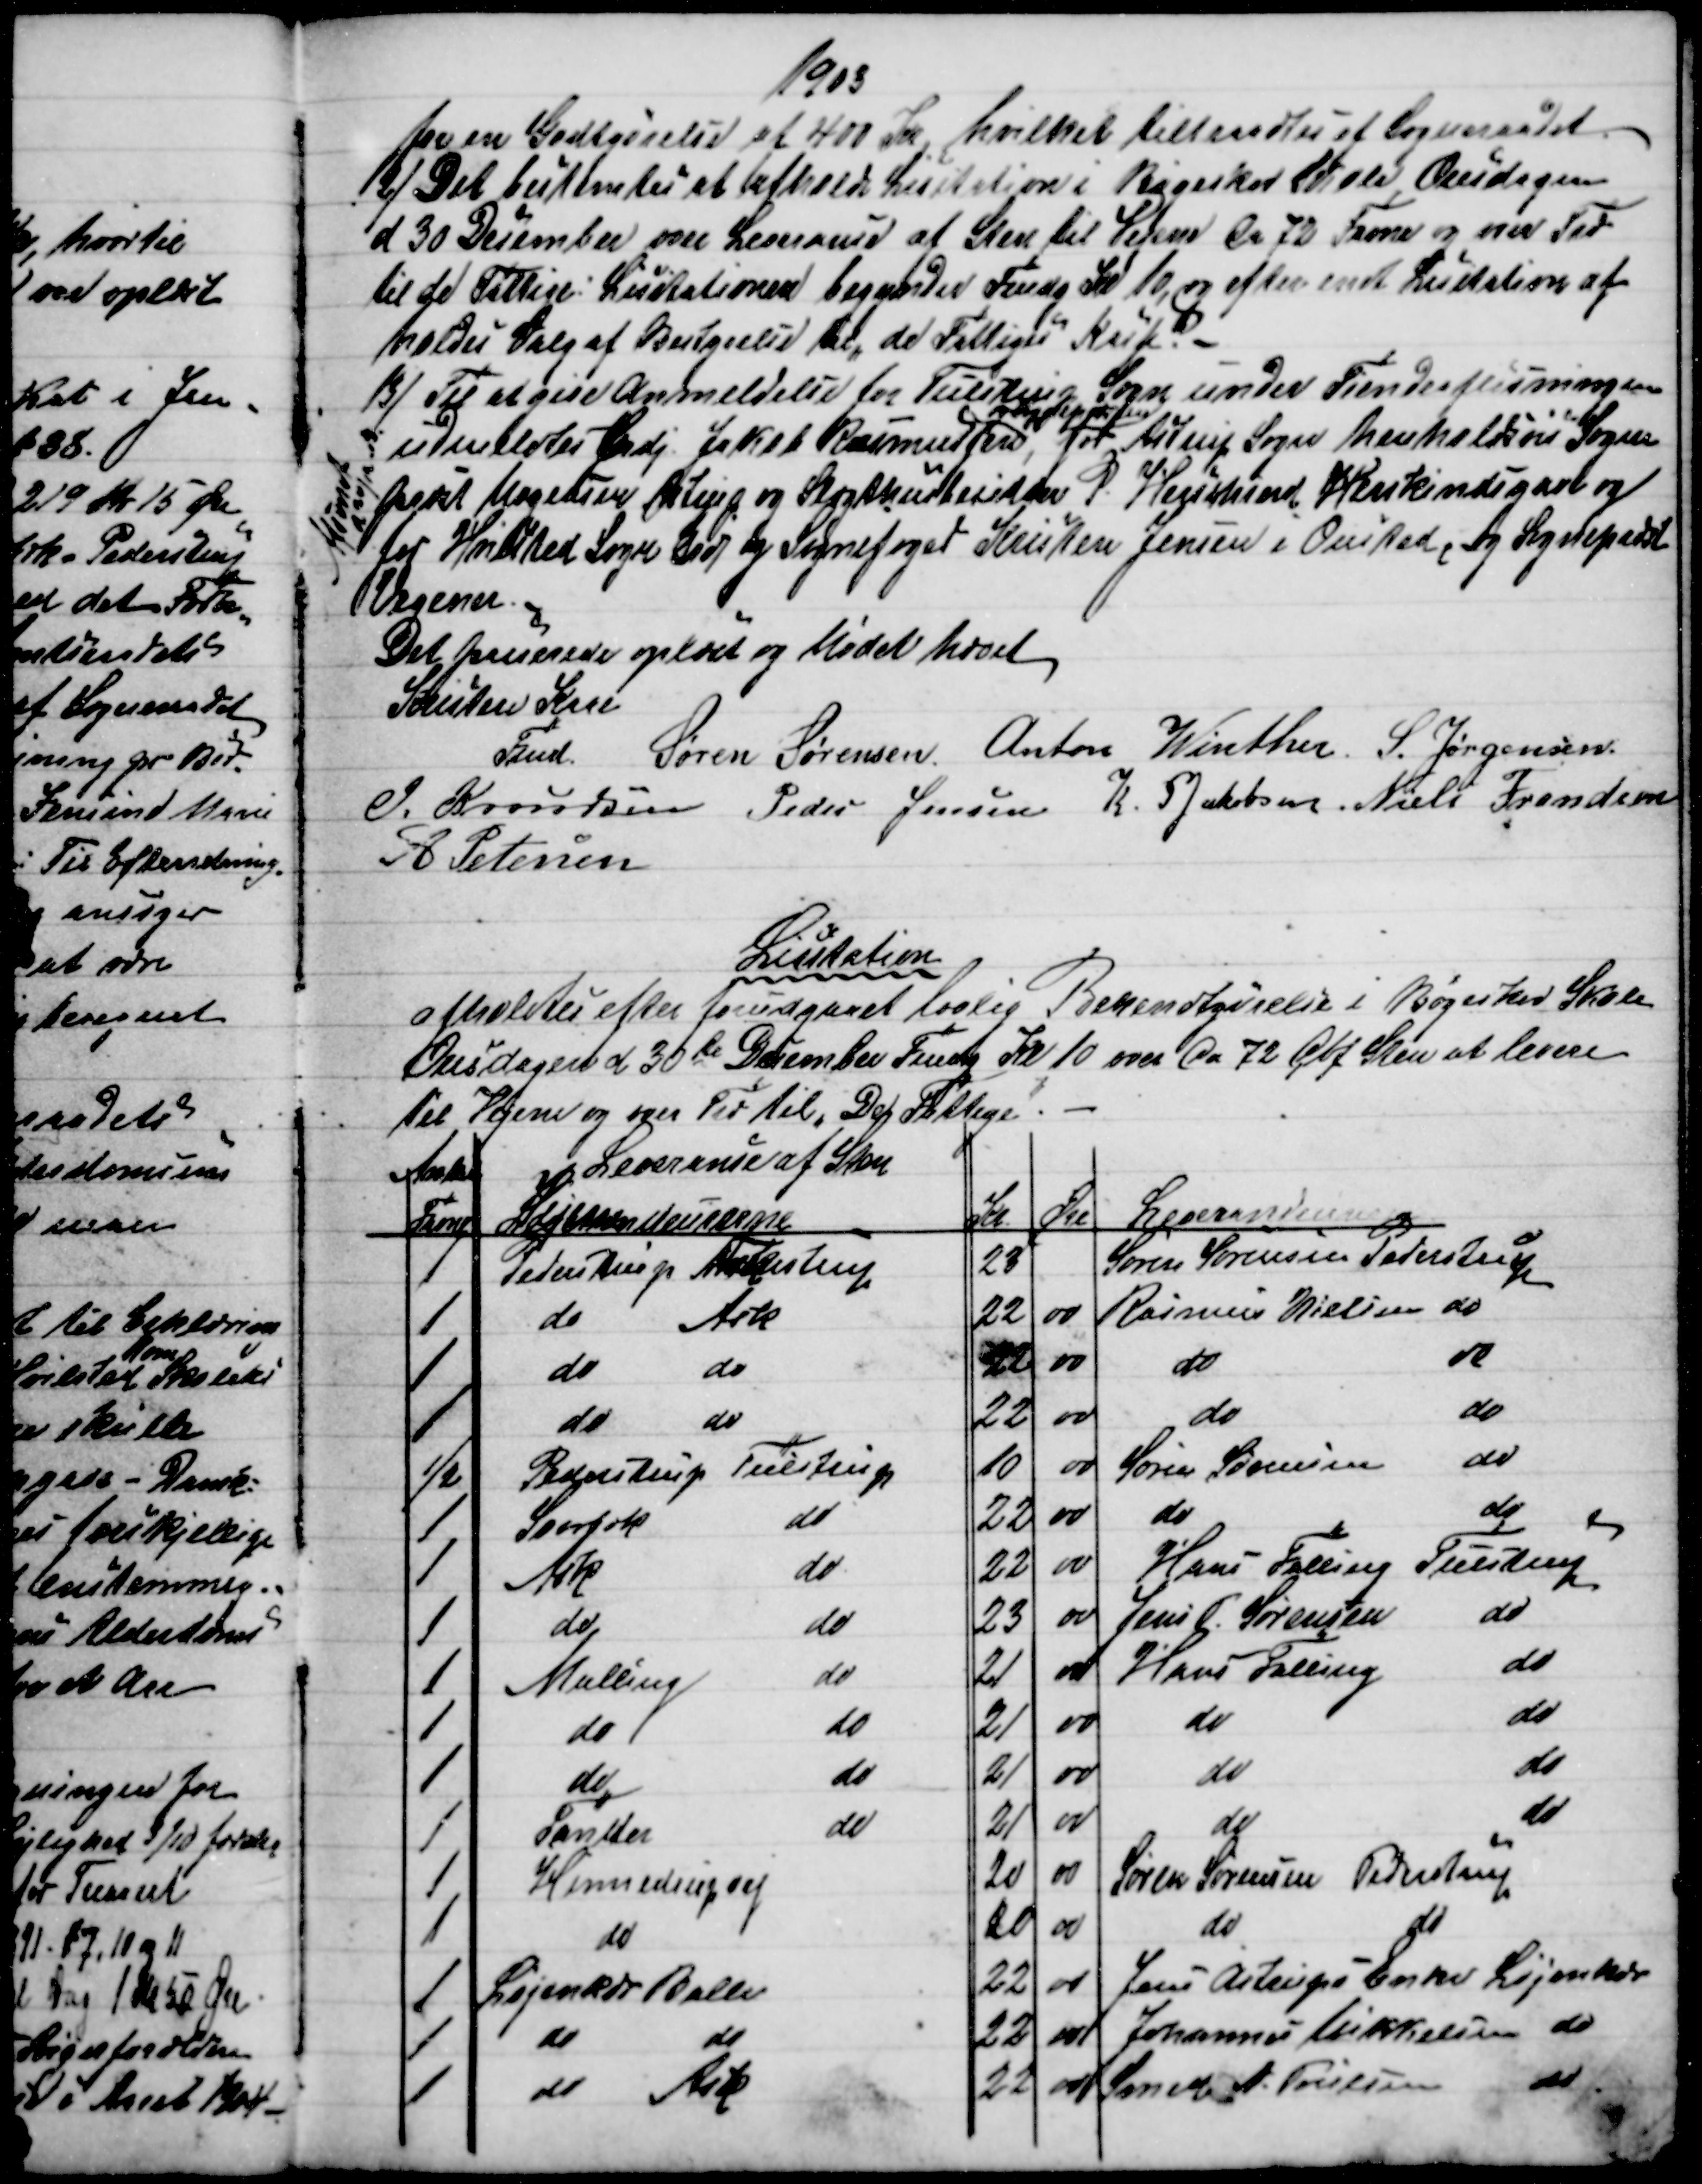
Transskription:
1903
for en Godtgørelse af 400 Kr hvilket tiltraadtes af Sogneraadet.
12) 
Det bestemtes at afholde Licitation i Bøgeskov Skole Onsdagen
d 30 December over Leverance af Sten til Vejene Ca 72 Favne og over Træ
til de Fattige: Licitationen begynder Fmdg Kl 10, og efter endt Licitation af
holdes Valg af Bestyrelse til "de Fattiges" Kasse.
13) 
Til at give Anmeldelse for Tulstrup Sogn under Tiendeafløsningen
udmeldtes Grdj Jakob Rasmussen 

for Astrup Sogn henholdsvis Sogne
præst Mogensen Astrup og Slægthusbesidder P. Herskind, Herskindsgaard og
for Hvisted Sogn Grdj og Sognefoged Kristen Jensen i Onsted, og Sognepræst
Vegener.
Afsendt
d 30/12
Det passerede oplæst og Mødet hævet
Kristen Kaae
Fmd.
Søren Sørensen. Anton Winther. S. Jørgensen.
J. Knudsen 
Peder Jensen K. P Jakobsen Niels Frandsen
A Petersen
Licitation
afholdtes efter forudgaaet lovlig Bekendtgørelse i Bøgeskov Skole
Onsdagen d 30te December Fmdg Kl. 10 over Ca 72 Cbf Sten at levere
til Vejene og over Træ til "De Fattige".
Antal
Leverance af Sten
Favne
Vejene deurerne
Kr
Øre
Leverandeurerne
1
Pederstrup Astrup
23
Søren Sørensen Pederstrup
1
do
Ask
22
00
Rasmus Nielsen do
1
do
do
22
00
do
do
1
do
do
22
00
do
do
½
Pederstrup Tulstrup
10
00
Søren Sørensen
do
1
Svorbæk
do
22
00
do
do
1
Ask
do
22
00
Hans Falling Tulstrup
1
do
do
23
00
Jens P. Sørensen
do
1
Malling
do
21
00
Hans Falling
do
1
do
do
21
00
do
do
1
do
do
21
00
do
do
1
Tander
do
21
00
do
do
1
Hinnedrup vej
20
00
Søren Sørensen Pederstrup
1
do
20
00
do
do
1
Løjenkjær Balle
22
00
Jens Astrups Enke Løjenkær
1
do
22
00
Johannes Mikkelsen do
1
do 
Ask
22
00
Smed N. Poulsen
do